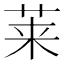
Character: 莱